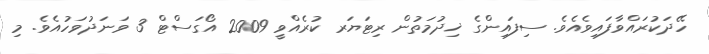
ހޭދަކުރައްވާފައިވެއެވެ. ސިފައިންގެ ޚިދުމަތުން ރިޓަޔަރ ކުރެއްވީ 2009 އޯގަސްޓް 3 ވަނަދުވަހުއެވެ. މި